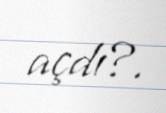
açdı?.